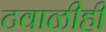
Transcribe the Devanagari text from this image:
टवाळीही